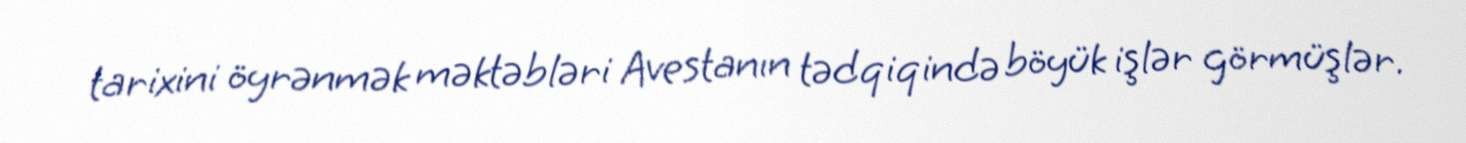
tarixini öyrənmək məktəbləri Avestanın tədqiqində böyük işlər görmüşlər.